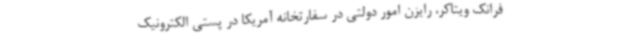
فرانک ویتاکر، رایزن امور دولتی در سفارتخانه آمریکا در پستی الکترونیک